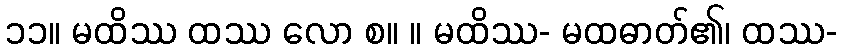
၁၁။ မထိဿ ထဿ လော စ။ ။ မထိဿ- မထဓာတ်၏၊ ထဿ-